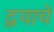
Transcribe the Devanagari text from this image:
द्वयाचे